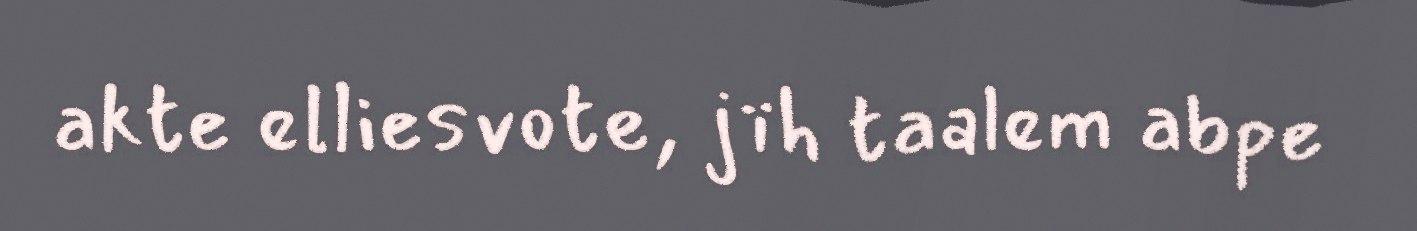
akte elliesvote, jïh taalem abpe